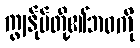
ကျွန်ုပ်တို့၏ဘဝကို